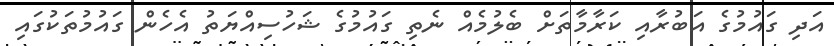
އަދި ގައުމުގެ އަބުރާއި ކަރާމާތަށް ބެލުމެއް ނެތި ގައުމުގެ ޝަހުސިއްޔަތު އެހެން ގައުމުތަކުގައި